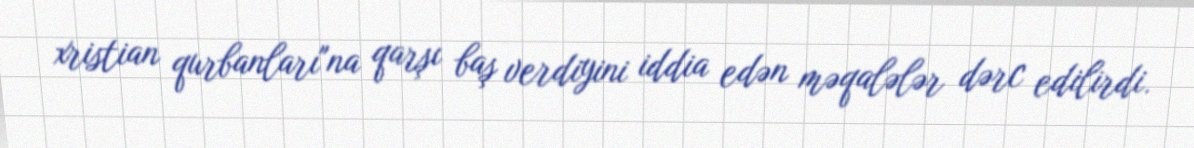
xristian qurbanları"na qarşı baş verdiyini iddia edən məqalələr dərc edilirdi.